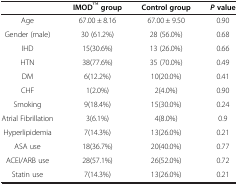
<table><thead><tr><td><b> </b></td><td><b>IMODTM group</b></td><td><b>Control group</b></td><td><b><i>P </i>value</b></td></tr></thead><tbody><tr><td>Age</td><td>67.00 ± 8.16</td><td>67.00 ± 9.50</td><td>0.90</td></tr><tr><td>Gender (male)</td><td>30 (61.2%)</td><td>28 (56.0%)</td><td>0.68</td></tr><tr><td>IHD</td><td>15(30.6%)</td><td>13 (26.0%)</td><td>0.66</td></tr><tr><td>HTN</td><td>38(77.6%)</td><td>35 (70.0%)</td><td>0.49</td></tr><tr><td>DM</td><td>6(12.2%)</td><td>10(20.0%)</td><td>0.41</td></tr><tr><td>CHF</td><td>1(2.0%)</td><td>2(4.0%)</td><td>0.90</td></tr><tr><td>Smoking</td><td>9(18.4%)</td><td>15(30.0%)</td><td>0.24</td></tr><tr><td>Atrial Fibrillation</td><td>3(6.1%)</td><td>4(8.0%)</td><td>0.9</td></tr><tr><td>Hyperlipidemia</td><td>7(14.3%)</td><td>13(26.0%)</td><td>0.21</td></tr><tr><td>ASA use</td><td>18(36.7%)</td><td>20(40.0%)</td><td>0.77</td></tr><tr><td>ACEI/ARB use</td><td>28(57.1%)</td><td>26(52.0%)</td><td>0.72</td></tr><tr><td>Statin use</td><td>7(14.3%)</td><td>13(26.0%)</td><td>0.21</td></tr></tbody></table>